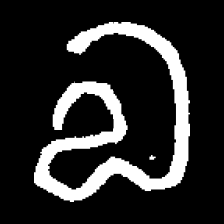
Pyu character \u2014 Myanmar letter: လ (romanized: la)